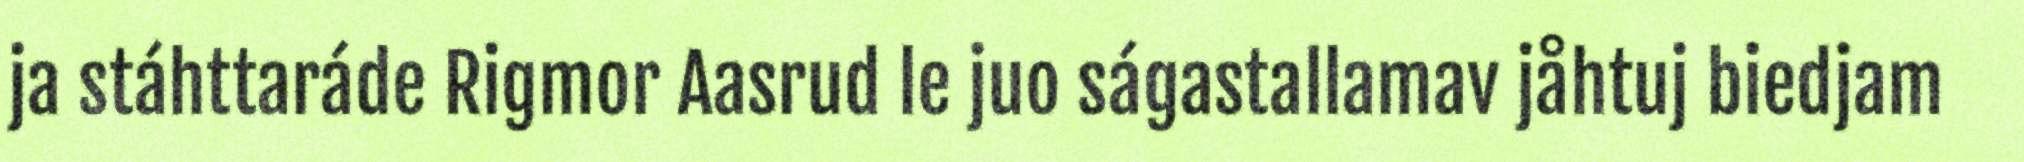
ja stáhttaráde Rigmor Aasrud le juo ságastallamav jåhtuj biedjam